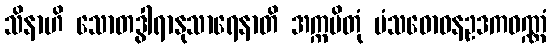
သိနာဟိ သောတဒွါရာနုသာရေနာတိ အက္ကမိတုံ မံသဓောဝနဥဒကဝဏ္ဏံ